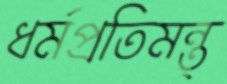
ধর্মপ্রতিমন্ত্